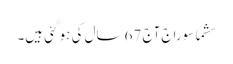
سشما سوراج آج 67 سال کی ہو گئی ہیں۔